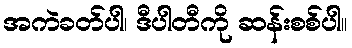
အကဲခတ်ပါ၊ ဒီပါတီကို ဆန်းစစ်ပါ။